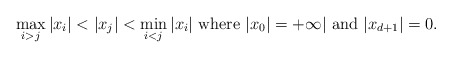
\begin{align*} \max_{i>j}|x_i|< |x_{j}| <\min_{i<j}|x_i|~{\rm where}~|x_0|=+\infty|~{\rm and}~|x_{d+1}|=0. \end{align*}